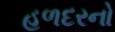
હળદરનો